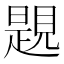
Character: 𧡨